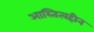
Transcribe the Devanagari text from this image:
आस्तित्वहीन